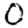
Digit: 0